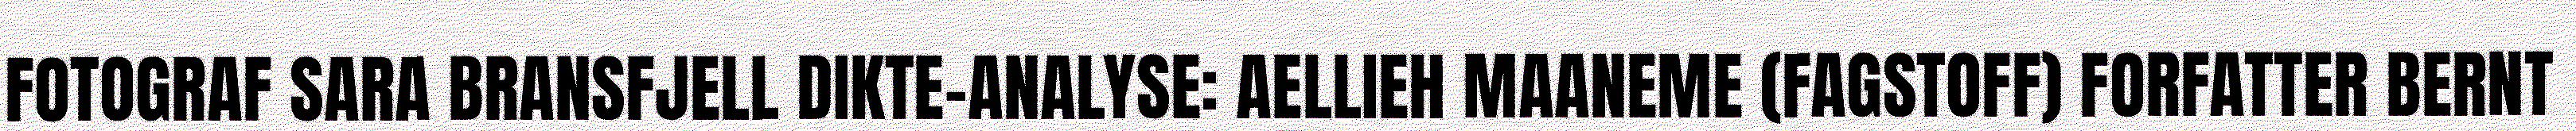
FOTOGRAF SARA BRANSFJELL DIKTE-ANALYSE: AELLIEH MAANEME (FAGSTOFF) FORFATTER BERNT